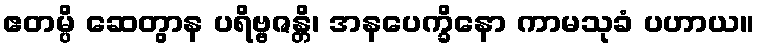
ဧတမ္ပိ ဆေတွာန ပရိဗ္ဗဇန္တိ၊ အနပေက္ခိနော ကာမသုခံ ပဟာယ။